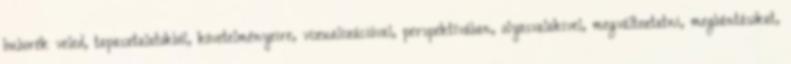
buborék veled, tapasztalatokból, követelményeire, vizualizációval, perspektívában, olyasvalakivel, megváltoztatni, megbántásokat,